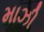
માઝી